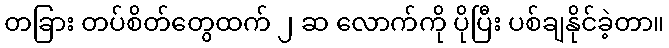
တခြား တပ်စိတ်တွေထက် ၂ ဆ လောက်ကို ပိုပြီး ပစ်ချနိုင်ခဲ့တာ။